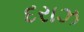
દરાઝ